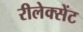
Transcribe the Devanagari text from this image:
रीलेक्सेंट